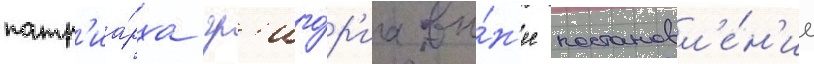
патр'иа́рха гр'иго́р'иа вы́н'ес постановл'е́н'ие